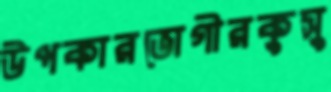
উপকারভোগীরকুসু